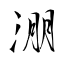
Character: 淜